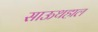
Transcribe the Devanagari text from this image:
साऊथहाल